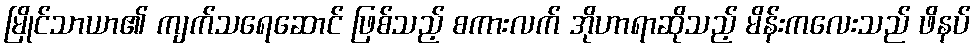
မြိုင်သာယာ၏ ကျက်သရေဆောင် ဖြစ်သည့် စကားလက် အိုဟာရာဆိုသည့် မိန်းကလေးသည် ဖိနပ်